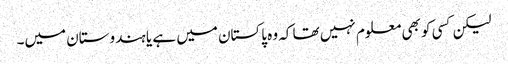
لیکن کسی کو بھی معلوم نہیں تھا کہ وہ پاکستان میں ہے یا ہندوستان میں۔